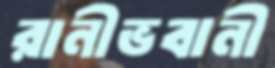
রানীভবানী